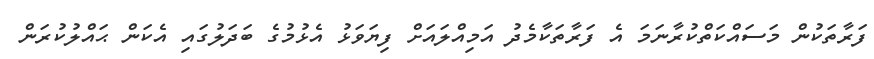
ފަރާތަކުން މަސައްކަތްކުރާނަމަ އެ ފަރާތަކާމެދު އަމިއްލައަށް ފިޔަވަޅު އެޅުމުގެ ބަދަލުގައި އެކަން ޙައްލުކުރަން